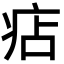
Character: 痁